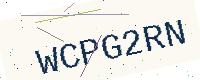
Text: WCPG2RN